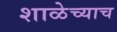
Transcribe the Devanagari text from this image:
शाळेच्याच